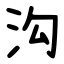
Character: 沟